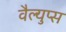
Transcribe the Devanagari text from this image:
वैल्युप्स